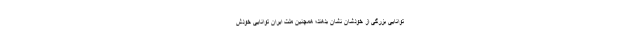
توانایی بزرگی از خودشان نشان بدهند؛ همچنین ملّت ایران توانایی خودش